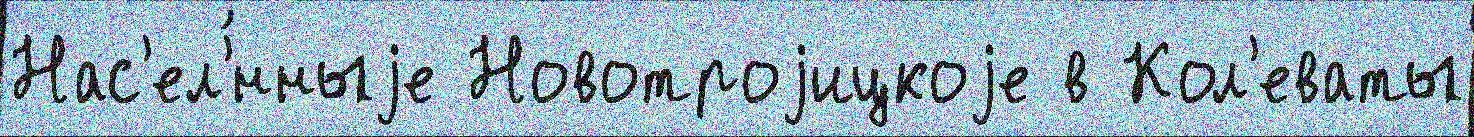
Нас'ел'́нныjе Новотроjицкоjе в Кол'еваты